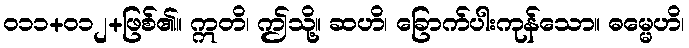
ဝ၁၁+၀၁၂+ဖြစ်၏။ ဣတိ၊ ဤသို့။ ဆဟိ၊ ခြောက်ပါးကုန်သော။ ဓမ္မေဟိ၊